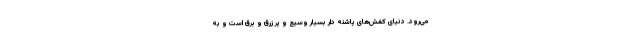
می‌رود. دنیای کفش‌های پاشنه دار بسیار وسیع و پر زرق و برق است و به